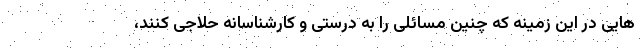
هایی در این زمینه که چنین مسائلی را به درستی و کارشناسانه حلاجی کنند،